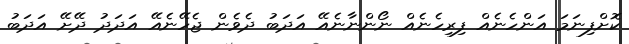
ކޮށްފިނަމަ އަންހެނެއް ފިރިހެނެއް ނޯންނާނެއޭ އަދަބު ދެވެން ޖެހޭނެއޭ އަދަދު ދޭށޭ އަދަބު